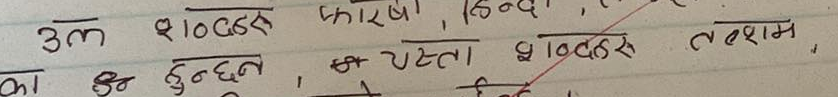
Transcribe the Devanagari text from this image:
उल्लेखहरु फारसी, हिन्दी,
का उल्लेख हुन्छन, त्यस्ता उल्लेखहरु तत्सम,